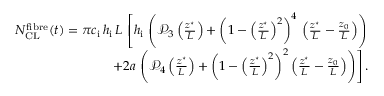
\begin{array} { r } { N _ { \mathrm { C L } } ^ { \mathrm { f i b r e } } ( t ) = \pi c _ { \mathrm { i } } \, h _ { \mathrm { i } } \, L \, \left[ h _ { \mathrm { i } } \, \left( \mathcal { P } _ { 3 } \left( \frac { z ^ { \star } } { L } \right) + \left( 1 - \left( \frac { z ^ { \star } } { L } \right) ^ { 2 } \right) ^ { 4 } \, \left( \frac { z ^ { \star } } { L } - \frac { z _ { 0 } } { L } \right) \right) \right. } \\ { \left. + 2 a \, \left( \mathcal { P } _ { 4 } \left( \frac { z ^ { \star } } { L } \right) + \left( 1 - \left( \frac { z ^ { \star } } { L } \right) ^ { 2 } \right) ^ { 2 } \left( \frac { z ^ { \star } } { L } - \frac { z _ { 0 } } { L } \right) \right) \right] . } \end{array}